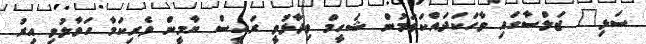
ސަޅި" ޖަލްސާގައި ވާހަކަދައްކަވަމުން ޝަހީމް ވިދާޅުވީ ރައީސް ޔާމީން ވެރިކަމާ ހަވާލުވި އިރު